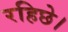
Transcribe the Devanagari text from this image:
रहिछे।